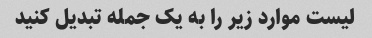
لیست موارد زیر را به یک جمله تبدیل کنید